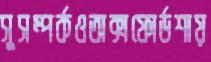
সুসম্পর্কওঅক্সফোর্ডশায়